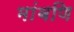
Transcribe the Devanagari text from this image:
मांबणि